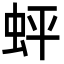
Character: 蚲